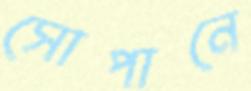
সোপানে